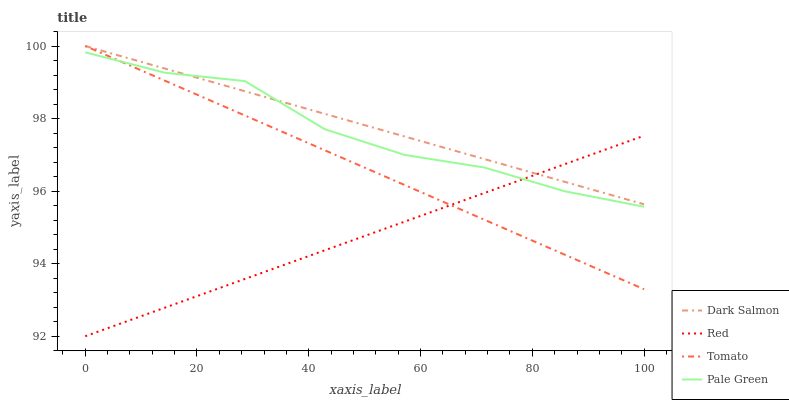
| xaxis_label | Dark Salmon | Red | Tomato | Pale Green |
 | --- | --- | --- | --- | --- |
 | 0 | 100 | 92 | 100 | 99.8 |
 | 14.3 | 99.4 | 92.8 | 99 | 99.3 |
 | 28.6 | 98.8 | 93.6 | 98.1 | 99 |
 | 42.9 | 98.1 | 94.4 | 97.1 | 97.7 |
 | 57.1 | 97.5 | 95.2 | 96.2 | 97 |
 | 71.4 | 96.9 | 95.9 | 95.2 | 96.7 |
 | 85.7 | 96.3 | 96.7 | 94.3 | 96 |
 | 100 | 95.6 | 97.5 | 93.3 | 95.6 |